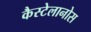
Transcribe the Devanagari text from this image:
कैस्टेलानोस